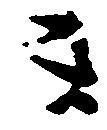
ま